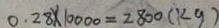
0 . 2 8 \times 1 0 0 0 0 = 2 8 0 0 ( k g )